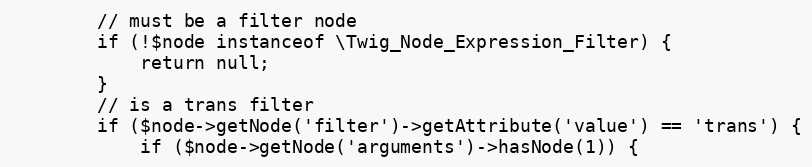
Language: PHP
		// must be a filter node
		if (!$node instanceof \Twig_Node_Expression_Filter) {
			return null;
		}
		// is a trans filter
		if ($node->getNode('filter')->getAttribute('value') == 'trans') {
			if ($node->getNode('arguments')->hasNode(1)) {